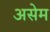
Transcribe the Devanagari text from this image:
असेम